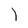
Character: l